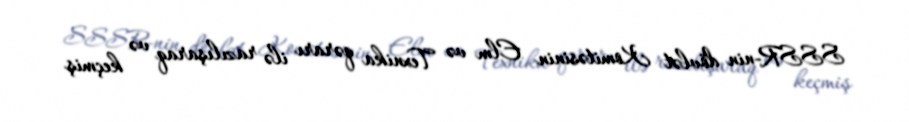
SSSR-nin dövlət Komitəsinin Elm və Texnika qərarı ilə razılışaraq və keçmiş